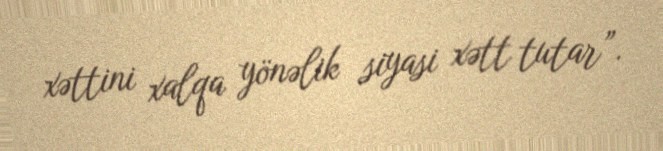
xəttini xalqa yönəlik siyasi xətt tutar”.